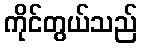
ကိုင်တွယ်သည်